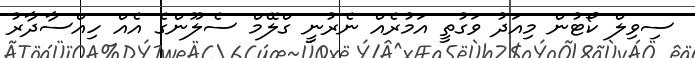
ސިވިލް ކޯޓުން މިއަދު ވަގުތީ އަމުރެއް ނެރުނީ ގްލޭމް ސެލޫންގެ އެއް ހިއްސާދާރު